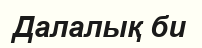
Далалық би